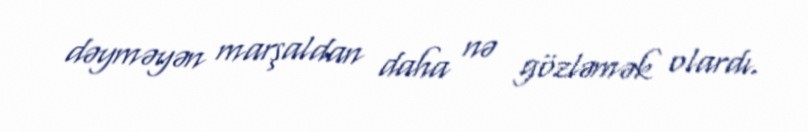
dəyməyən marşaldan daha nə gözləmək olardı.